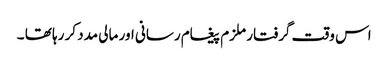
اس وقت گرفتار ملزم پیغام رسانی اور مالی مدد کر رہا تھا ۔